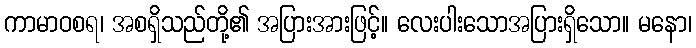
ကာမာဝစရ၊ အစရှိသည်တို့၏ အပြားအားဖြင့်။ လေးပါးသောအပြားရှိသော။ မနော၊